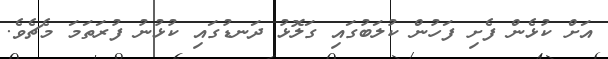
އަށް ކުޅެން ފެށި ފަހުން ކުލަބުގައި ގަލޮޅު ދަނޑުގައި ކުޅުނު ފުރަތަމަ މެޗެވެ.